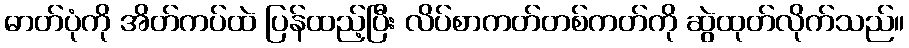
ဓာတ်ပုံကို အိတ်ကပ်ထဲ ပြန်ထည့်ပြီး လိပ်စာကတ်တစ်ကတ်ကို ဆွဲထုတ်လိုက်သည်။